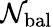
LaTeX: \mathcal{N}_{\mathrm{{bal}}}